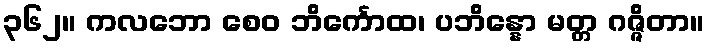
၃၆၂။ ကလဘော စေဝ ဘိင်္ကောထ၊ ပဘိန္နော မတ္တ ဂဇ္ဇိတာ။